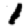
Digit: 1